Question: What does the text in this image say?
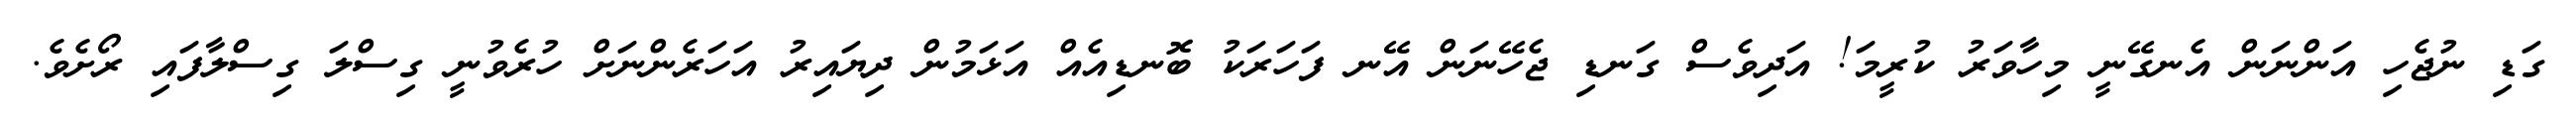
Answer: ގަޑި ނުޖެހި އަންނަން އެނގޭނީ މިހާވަރު ކުރީމަ! އަދިވެސް ގަނޑި ޖެހޭނަން އޭނ ފަހަރަކު ބޮނޑިއެއް އަޅަމުން ދިޔައިރު އަހަރެންނަށް ހުރެވުނީ ގިސްލަ ގިސްލާފައި ރޯށެވެ.